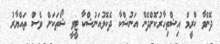
ދޮންވާ ކްރީމް އިޝްތިހާރުކޮށްދޭން އަނުޝްކާ ދެކޮޅުއަނުޝްކާ ޓީވީ ޝޯތަކަށް ވެސް ތައްޔާރު